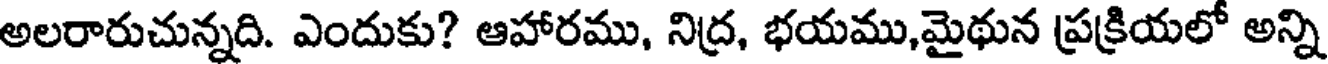
అలరారుచున్నది. ఎందుకు? ఆహారము, నిద్ర, భయము,మైథున ప్రక్రియలో అన్ని